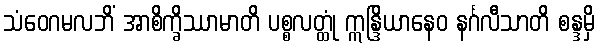
သံဝေဂမလဘိံ အာစိက္ခိဿာမာတိ ပစ္စလတ္ထုံ ဣန္ဒြိယာနေဝ နင်္ဂလီသာတိ စန္ဒမှိ